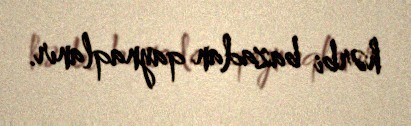
hərbi bazadan qaynaqlanır.